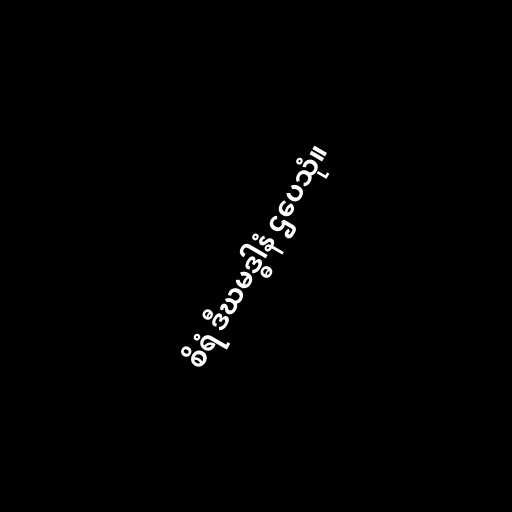
စိရံ ဒီဃမဒ္ဓါနံ ဌပေသုံ။